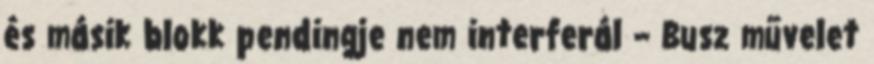
és másik blokk pendingje nem interferál – Busz művelet